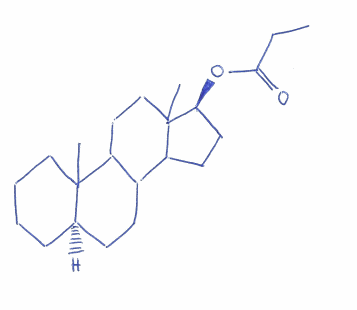
Simplified molecular-input line-entry system (SMILES) notation of the given molecule:
CCC(=O)O[C@H]1CCC2C1(CCC3C2CC[C@@H]4C3(CCCC4)C)C